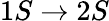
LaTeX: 1S\rightarrow 2S